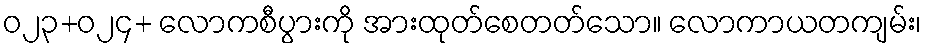
ဝ၂၃+ဝ၂၄+ လောကစီပွားကို အားထုတ်စေတတ်သော။ လောကာယတကျမ်း၊